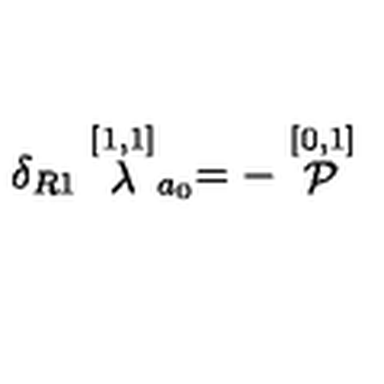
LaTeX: \delta _ { R 1 } \stackrel { [ 1 , 1 ] } { \lambda } _ { a _ { 0 } } = - \stackrel { [ 0 , 1 ] } { \cal P }